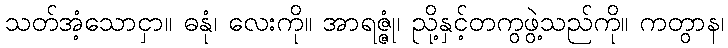
သတ်အံ့သောငှာ။ ဓနုံ၊ လေးကို။ အာရဇ္ဇုံ၊ ညို့နှင့်တကွဖွဲ့သည်ကို။ ကတွာန၊